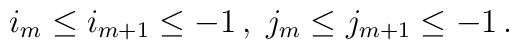
i_m \leq i_{m+1} \leq -1\,,\;j_m \leq j_{m+1} \leq -1\,.